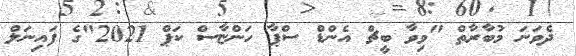
ދެވަނަ މުބާރާތް "ވިވާ ބީޗް އެންޑް ސްޕާ ހަންޏާސް ކަޕް 2021"ގެ ފައިނަލް